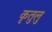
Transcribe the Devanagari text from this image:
कृतुलु